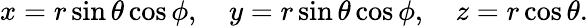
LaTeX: x=r\sin\theta\cos\phi,\quad y=r\sin\theta\cos\phi,\quad z=r\cos\theta.